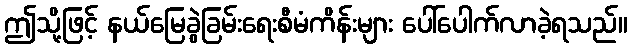
ဤသို့ဖြင့် နယ်မြေခွဲခြမ်းရေးစီမံကိန်းများ ပေါ်ပေါက်လာခဲ့ရသည်။